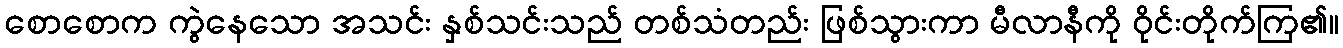
စောစောက ကွဲနေသော အသင်း နှစ်သင်းသည် တစ်သံတည်း ဖြစ်သွားကာ မီလာနီကို ဝိုင်းတိုက်ကြ၏။